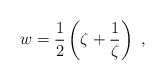
\begin{align*}w=\frac12 \left(\zeta+ \frac{1}{\zeta}\right) \ ,\end{align*}